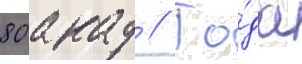
80 акад // Го́да